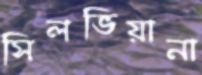
সিলভিয়ানা